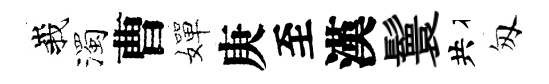
峩濁曹嬋庚至漢鬟共匆